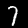
Digit: 7